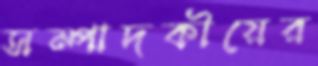
সম্পাদকীয়ের